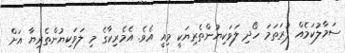
ސަމާލުކަމެއް ފުރަތަމަ ހޯދި ލަވަކިޔުންތެރިޔަކީ މިއީ އެވެ. އެމެރިކާގެ މި ލަވަކިޔުންތެރިޔާ އަށް